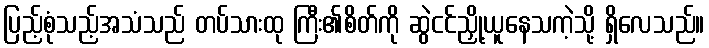
ပြည့်စုံသည့်အသံသည် တပ်သားထု ကြီး၏စိတ်ကို ဆွဲငင်ညှို့ယူနေသကဲ့သို့ ရှိလေသည်။